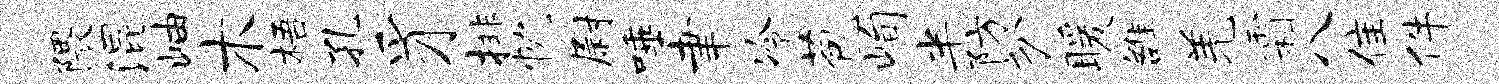
隈混岫木梧孔豸排忱尉唾聿冷苞峋半防分暖雒羌霜八隹件